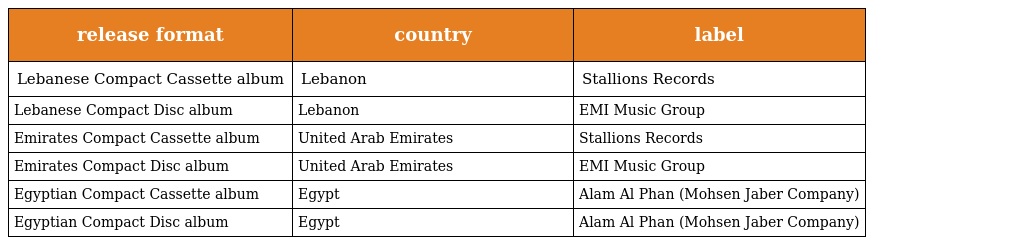
| release format | country | label |
 | --- | --- | --- |
 | Lebanese Compact Cassette album | Lebanon | Stallions Records |
 | Lebanese Compact Disc album | Lebanon | EMI Music Group |
 | Emirates Compact Cassette album | United Arab Emirates | Stallions Records |
 | Emirates Compact Disc album | United Arab Emirates | EMI Music Group |
 | Egyptian Compact Cassette album | Egypt | Alam Al Phan (Mohsen Jaber Company) |
 | Egyptian Compact Disc album | Egypt | Alam Al Phan (Mohsen Jaber Company) |